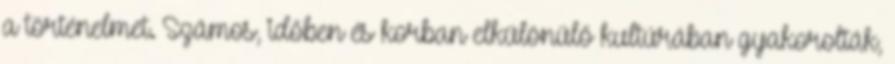
a történelmet. Számos, időben és korban elkülönülő kultúrában gyakorolták,